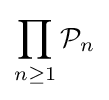
\prod _{n\geq 1}{\mathcal {P}}_{n}